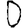
Digit: 0